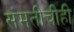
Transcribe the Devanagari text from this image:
संमतीचीही